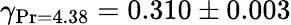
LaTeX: \gamma_{\operatorname*{Pr}=4.38}=0.310\pm 0.003